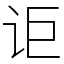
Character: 讵